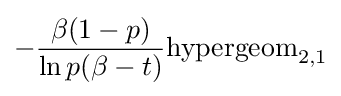
-{\frac {\beta (1-p)}{\ln p(\beta -t)}}{\text{hypergeom}}_{2,1}